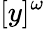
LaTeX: [y]^{\omega}